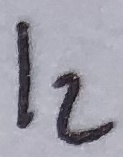
Text: I2